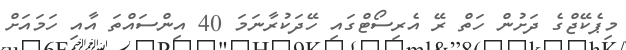
މިޕެކޭޖްގެ ދަށުން ހަތް ރޭ އެރިސޯޓްގައި ހޭދަކުރާނަމަ 40 އިންސައްތަ އާއި ހަމައަށް